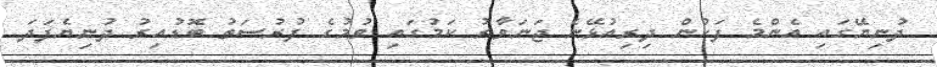
ދުނިޔޭގައި އެންމެ ފަހުން ދިރިއުޅޭނެ ޖަނަވާރު ކަމުގައި ވުމުގެ ފުރުސަތު ބޮޑުއިރު ދުނިޔެފަދަ